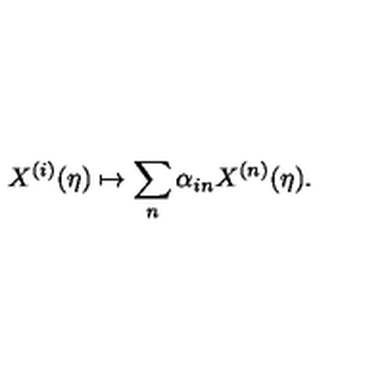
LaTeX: X ^ { ( i ) } ( \eta ) \mapsto \sum _ { n } \alpha _ { i n } X ^ { ( n ) } ( \eta ) .